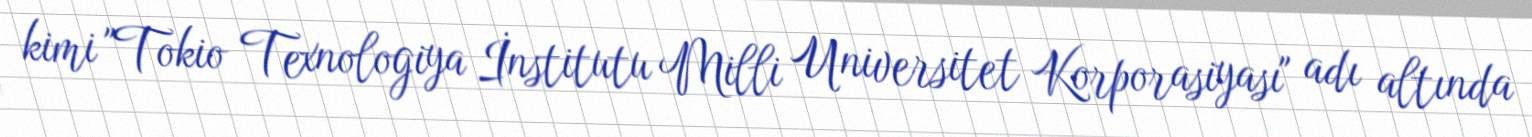
kimi "Tokio Texnologiya İnstitutu Milli Universitet Korporasiyası" adı altında